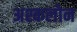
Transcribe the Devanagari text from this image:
अश्कलोन